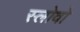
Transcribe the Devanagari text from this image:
स्लोवो